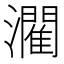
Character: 𤂶